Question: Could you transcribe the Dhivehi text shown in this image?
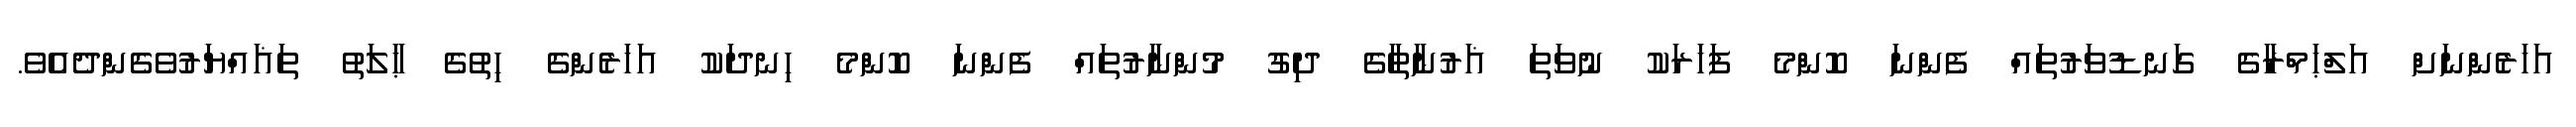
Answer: އަހަރެންނަށް އަލްޙަމްރާގެ ގަނޑުވަރުތައް ފެންނަ ކޮންމެ ފަހަރަކު ނުވަތަ ޣަރުނާޠާގެ ދިގު މުންނާރުތައް ފެންނަ ކޮންމެ ހިނދަކު އަހަރެންގެ ހިތުގެ ޙާލަތު ތަޣައްޔަރުވެގެންދެއެވެ.